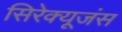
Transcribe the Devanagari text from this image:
सिरेक्यूजंस